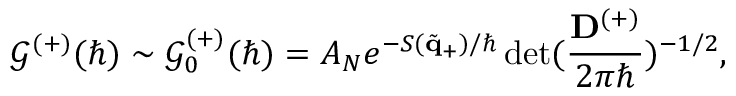
\mathcal { G } ^ { ( + ) } ( \hbar ) \sim \mathcal { G } _ { 0 } ^ { ( + ) } ( \hbar ) = A _ { N } e ^ { - S ( \tilde { \mathbf { q } } _ { + } ) / \hbar } \operatorname* { d e t } ( \frac { \mathbf { D } ^ { ( + ) } } { 2 \pi \hbar } ) ^ { - 1 / 2 } ,